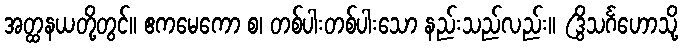
အတ္ထနယတို့တွင်။ ဧကမေကော စ၊ တစ်ပါးတစ်ပါးသော နည်းသည်လည်း။ (ဒွိသင်္ဂဟောသို့